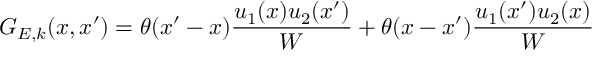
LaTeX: G _ { E , k } ( x , x ^ { \prime } ) = \theta ( x ^ { \prime } - x ) \frac { u _ { 1 } ( x ) u _ { 2 } ( x ^ { \prime } ) } { W } + \theta ( x - x ^ { \prime } ) \frac { u _ { 1 } ( x ^ { \prime } ) u _ { 2 } ( x ) } { W }